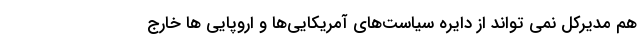
هم مدیرکل نمی تواند از دایره سیاست‌های آمریکایی‌ها و اروپایی ها خارج